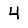
Digit: 4